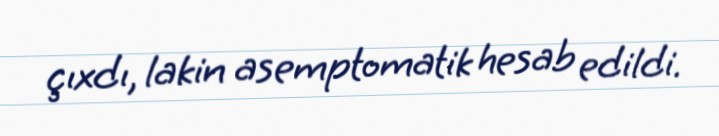
çıxdı, lakin asemptomatik hesab edildi.